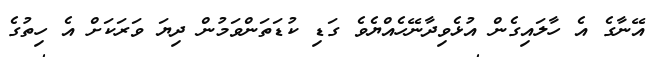
އޭނާގެ އެ ހާލައިގެން އުޅެވިދާނޭހެއްޔެވެ ގަޑި ކުޑަތަންވަމުން ދިޔަ ވަރަކަށް އެ ހިތުގެ